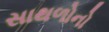
સાથળોનો